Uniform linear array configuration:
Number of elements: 8
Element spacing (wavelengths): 0.75
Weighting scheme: kaiser
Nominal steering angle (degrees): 0
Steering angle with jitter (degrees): -1.351
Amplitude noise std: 0.05
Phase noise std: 0.05

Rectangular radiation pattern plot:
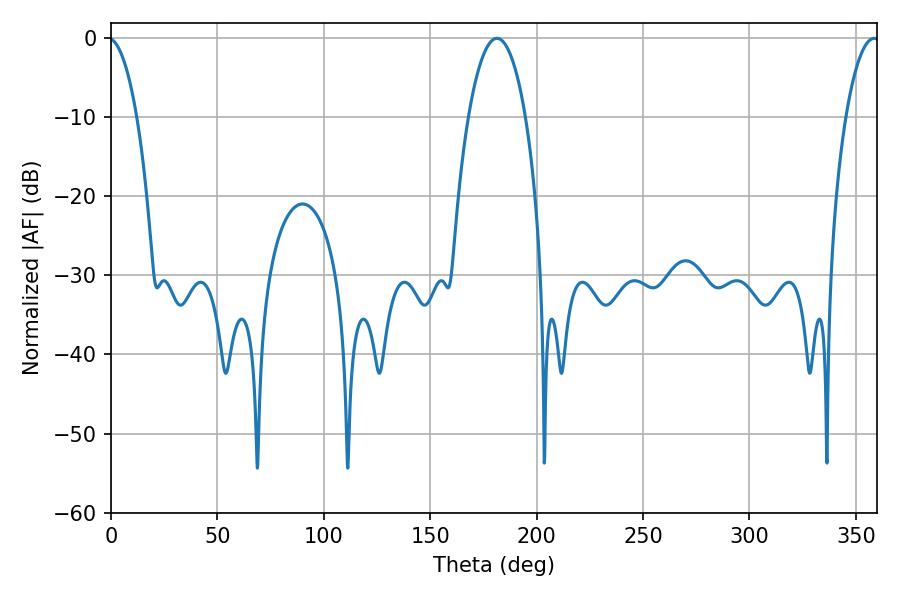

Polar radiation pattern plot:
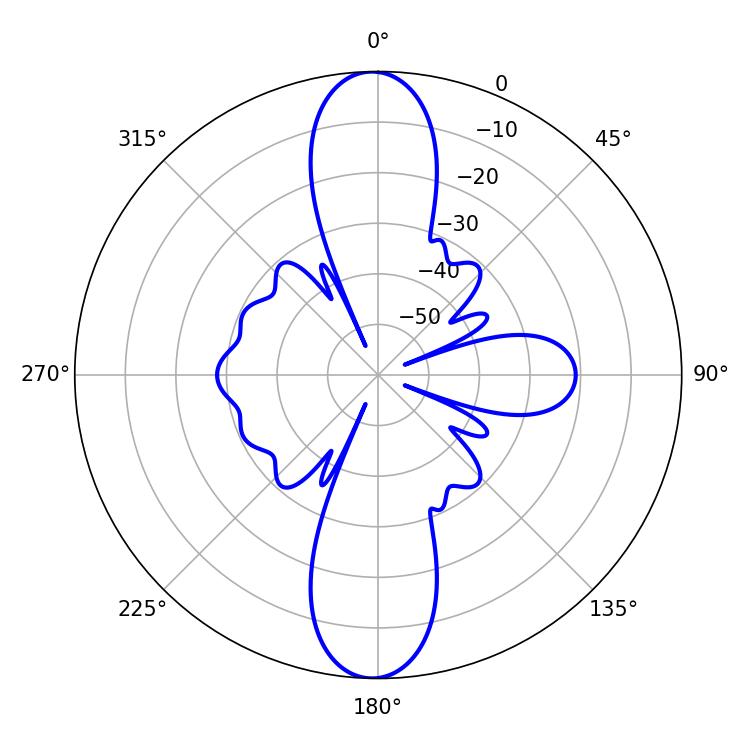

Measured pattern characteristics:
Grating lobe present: TRUE
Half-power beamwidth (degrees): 14.94
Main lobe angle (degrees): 181.44